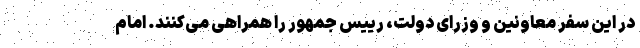
در این سفر معاونین و وزرای دولت، رییس جمهور را همراهی می‌کنند. امام